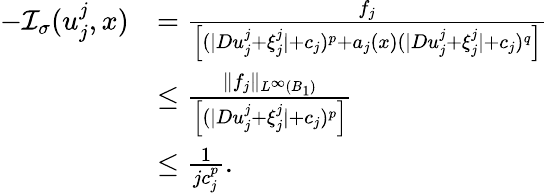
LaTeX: \begin{array}{rl}{-{\mathcal I}_{\sigma}(u_{j}^{j},x)}&{=\frac{f_{j}}{\left[(|Du_{j}^{j}+\xi_{j}^{j}|+c_{j})^{p}+a_{j}(x)(|Du_{j}^{j}+\xi_{j}^{j}|+c_{j})^{q}\right]}}\\ &{\leq\frac{\| f_{j}\| _{L^{\infty}(B_{1})}}{\left[(|Du_{j}^{j}+\xi_{j}^{j}|+c_{j})^{p}\right]}}\\ &{\leq\frac{1}{jc_{j}^{p}}.}\end{array}